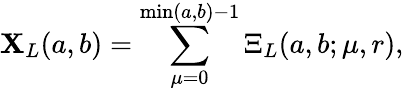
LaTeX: \mathbf{X}_{L}(a,b)=\sum_{\mu=0}^{\operatorname*{min}(a,b)-1}\Xi_{L}(a,b;\mu,r),